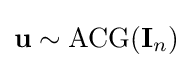
\mathbf {u} \sim \operatorname {ACG} (\mathbf {I} _{n})